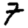
Digit: 7